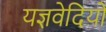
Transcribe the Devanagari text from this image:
यज्ञवेदियों